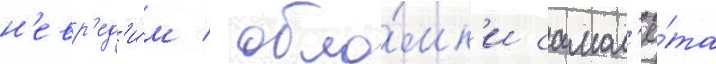
н'евр'ед'и́м / обло́мк'и самол'ё́та